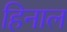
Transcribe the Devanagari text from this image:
हिनाल